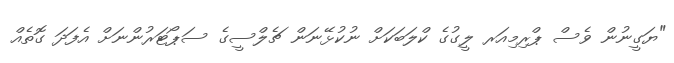
"ޔަގީނުން ވެސް ޕްރިމިއަރ ލީގުގެ ކްލަބަކަށް ނުކުޅޭނަން ޗެލްސީގެ ސަޕޯޓަރުންނަށް އެފަދަ ގޮތެއް